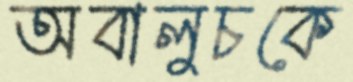
অবালুচকে